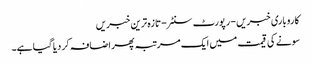
کاروباری خبریں - رپورٹ سنٹر - تازہ ترین خبریں
سونے کی قیمت میں ایک مرتبہ پھر اضافہ کر دیا گیا ہے۔